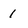
Character: 1